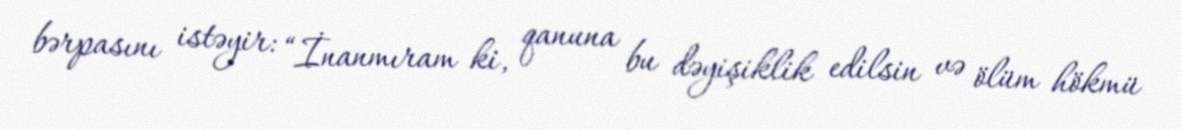
bərpasını istəyir: “İnanmıram ki, qanuna bu dəyişiklik edilsin və ölüm hökmü